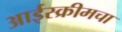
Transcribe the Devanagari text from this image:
आईस्क्रीमचा